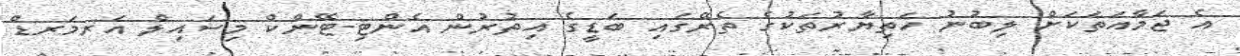
އެ ޖަމާއަތަކަށް ލިބުނު ހަތިޔާރުތަކުގެ ތެރޭގައި ބަޑީގެ އިތުރުން އެންޓި-ޓޭންކް މިސައިލް އަރމަރޑް